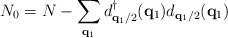
LaTeX: \begin{align*}N_{0} = N - \sum_{ {\bf{q}}_{1} }d^{\dagger}_{ {\bf{q}}_{1}/2 }({\bf{q}}_{1})d_{ {\bf{q}}_{1}/2 }({\bf{q}}_{1})\end{align*}